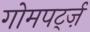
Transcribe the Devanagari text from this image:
गोमपर्ट्ज़